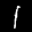
Label: 1